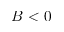
B < 0